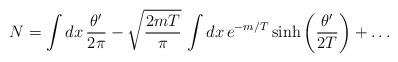
LaTeX: \begin{align*}N=\int dx\, \frac{\theta^\prime}{2\pi} -\sqrt{\frac{2mT}{\pi}}\,\int dx\, e^{-m/T}\, {\rm sinh}\left(\frac{\theta^\prime}{2T}\right)+\dots\end{align*}